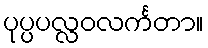
ပုပ္ပပလ္လဝလင်္ကတာ။